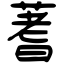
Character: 蓍